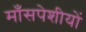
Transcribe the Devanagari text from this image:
माँसपेशीयों